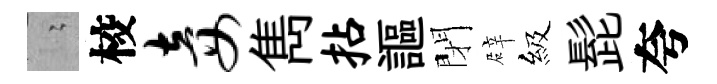
隐校妾雋拈謳閉辟級髭夸